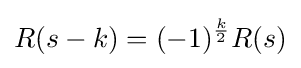
R(s-k)=(-1)^{\frac {k}{2}}R(s)